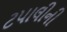
ટપાલીની